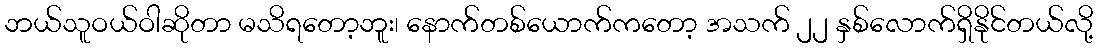
ဘယ်သူဝယ်ဝါဆိုတာ မသိရတော့ဘူး၊ နောက်တစ်ယောက်ကတော့ အသက် ၂၂ နှစ်လောက်ရှိနိုင်တယ်လို့